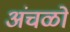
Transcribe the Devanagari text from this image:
अंचळो